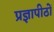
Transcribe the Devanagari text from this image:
प्रज्ञापीठों